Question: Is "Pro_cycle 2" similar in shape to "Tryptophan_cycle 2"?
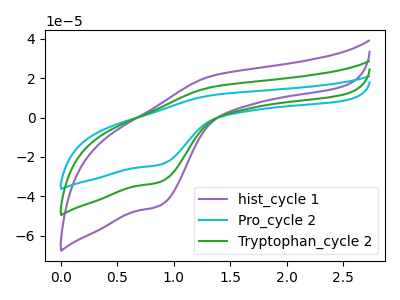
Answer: <think>The purple curve "hist_cycle 1" has an anodic peak at (1.35V, 30.95uA) and a cathodic peak at (0.90V, -65.40uA). The cyan curve "Pro_cycle 2" has an anodic peak at (1.35V, 11.35uA) and a cathodic peak at (0.90V, -23.95uA). The green curve "Tryptophan_cycle 2" has an anodic peak at (1.35V, 15.50uA) and a cathodic peak at (0.90V, -32.70uA).
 All the peaks in "Pro_cycle 2" have a peak in "Tryptophan_cycle 2" at the same potential. Every peak in "Pro_cycle 2" is lower than every peak in "Tryptophan_cycle 2".</think>
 <answer>"Pro_cycle 2" and "Tryptophan_cycle 2" are similar in shape.</answer>
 <eval>same_shape</eval>